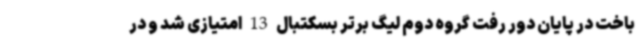
باخت در پایان دور رفت گروه دوم لیگ برتر بسکتبال 13 امتیازی شد و در